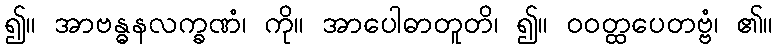
၍။ အာဗန္ဓနလက္ခဏံ၊ ကို။ အာပေါဓာတူတိ၊ ၍။ ဝဝတ္ထပေတဗ္ဗံ၊ ၏။